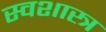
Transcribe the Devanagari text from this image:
स्वशास्त्र